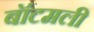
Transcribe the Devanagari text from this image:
बॉटमली